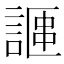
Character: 𫍁